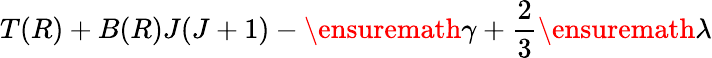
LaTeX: T(R)+B(R)J(J+1)-\ensuremath{\gamma}+\frac{2}{3}\ensuremath{\lambda}